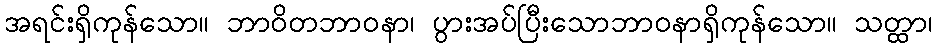
အရင်းရှိကုန်သော။ ဘာဝိတဘာဝနာ၊ ပွားအပ်ပြီးသောဘာဝနာရှိကုန်သော။ သတ္ထာ၊